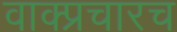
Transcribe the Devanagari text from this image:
वाक्प्रचारच